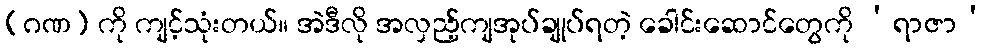
(ဂဏ) ကို ကျင့်သုံးတယ်။ အဲဒီလို အလှည့်ကျအုပ်ချုပ်ရတဲ့ ခေါင်းဆောင်တွေကို ‘ရာဇာ’